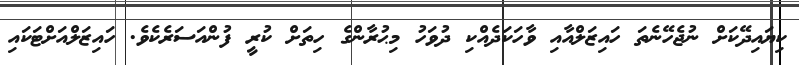
ކިޔައިދޭކަށް ނުޖެހޭނެތަ ހައިޒަލްއާއި ވާހަކަދެއްކި ދުވަހު މިޙުރާންގެ ހިތަށް ކުރީ ފުންއަސަރެކެވެ. ހައިޒަލްއަށްޓަކައި